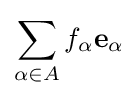
\sum _{\alpha \in A}f_{\alpha }\mathbf {e} _{\alpha }